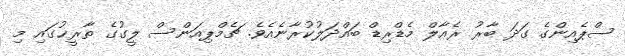
ސްޕެއިންގެ ގަދަ ބާރު ރެއާލް މެޑްރިޑް ބައްދަލުކުރާނެއެވެ. ޗެމްޕިއަންސް ލީގުގެ ތާރީޚުގައި މި